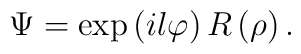
\Psi =\exp \left( il\varphi \right) R\left( \rho \right) .